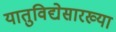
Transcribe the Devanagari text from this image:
यातुविद्येसारख्या